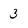
Character: 3